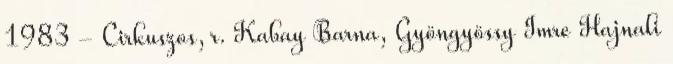
1983 - Cirkuszos, r. Kabay Barna, Gyöngyössy Imre Hajnali